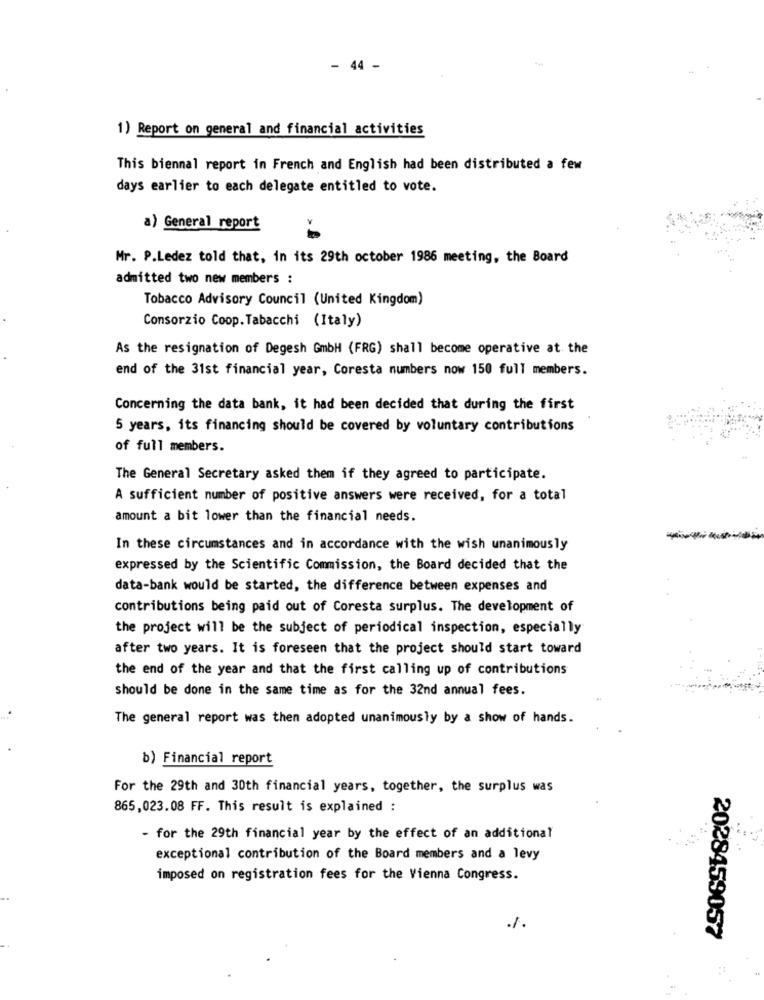
- 44 -
1) Report on general and financial activities
This biennal report in French and English had been distributed a few
days earlier to each delegate entitled to vote.
a) General report
Mr. P.Ledez told that, in its 29th october 1986 meeting, the Board
admitted two new members :
Tobacco Advisory Council (United Kingdom)
Consorzio Coop.Tabacchi (Italy)
As the resignation of Degesh GmbH (FRG) shall become operative at the
end of the 31st financial year, Coresta numbers now 150 full members.
Concerning the data bank, it had been decided that during the first
5 years, its financing should be covered by voluntary contributions
of full members.
The General Secretary asked them if they agreed to participate.
A sufficient number of positive answers were received, for a total
amount a bit lower than the financial needs.
In these circumstances and in accordance with the wish unanimously
expressed by the Scientific Commission, the Board decided that the
data-bank would be started, the difference between expenses and
contributions being paid out of Coresta surplus. The development of
the project will be the subject of periodical inspection, especially
after two years. It is foreseen that the project should start toward
the end of the year and that the first calling up of contributions
should be done in the same time as for the 32nd annual fees.
The general report was then adopted unanimously by a show of hands.
b) Financial report
For the 29th and 30th financial years, together, the surplus was
865,023.08 FF. This result is explained :
- for the 29th financial year by the effect of an additional
exceptional contribution of the Board members and a levy
imposed on registration fees for the Vienna Congress.
1.
2028459057